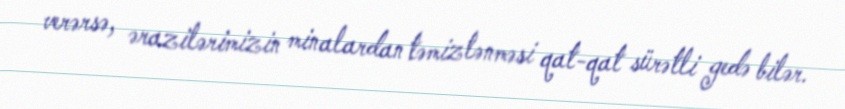
verərsə, ərazilərimizin minalardan təmizlənməsi qat-qat sürətli gedə bilər.